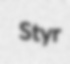
Styr